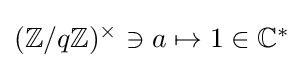
{\textstyle (\mathbb {Z} /q\mathbb {Z} )^{\times }\ni a\mapsto 1\in \mathbb {C} ^{*}}